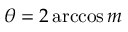
\theta = 2 \operatorname { a r c c o s } { m }